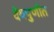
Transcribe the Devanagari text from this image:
देवपुणीत